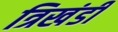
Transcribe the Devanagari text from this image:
त्रिखंडी